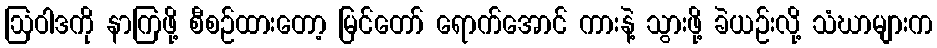
ဩဝါဒကို နာကြဖို့ စီစဉ်ထားတော့ မြင်တော် ရောက်အောင် ကားနဲ့ သွားဖို့ ခဲယဉ်းလို့ သံဃာများက